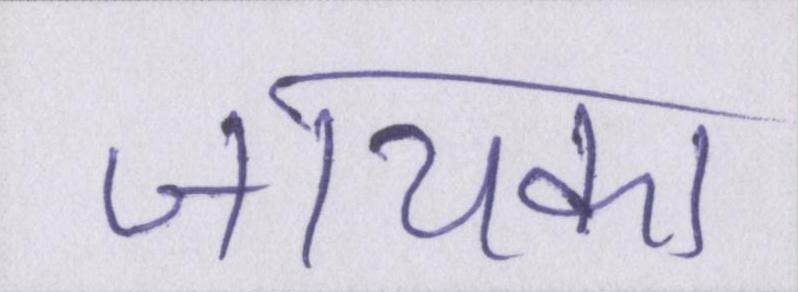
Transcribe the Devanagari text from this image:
जायका